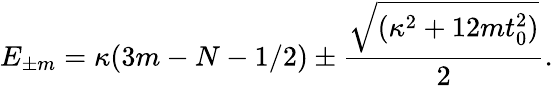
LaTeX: E_{\pm m}=\kappa(3m-N-1/2)\pm\frac{\sqrt{(\kappa^{2}+12mt_{0}^{2})}}{2}.